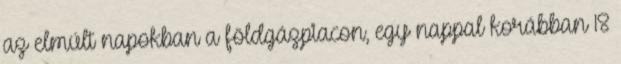
az elmúlt napokban a földgázpiacon, egy nappal korábban 18